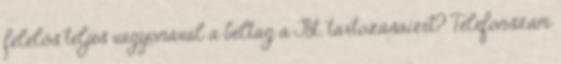
felelős teljes vagyonával a beltag a Bt. tartozásaiért? Telefonszám